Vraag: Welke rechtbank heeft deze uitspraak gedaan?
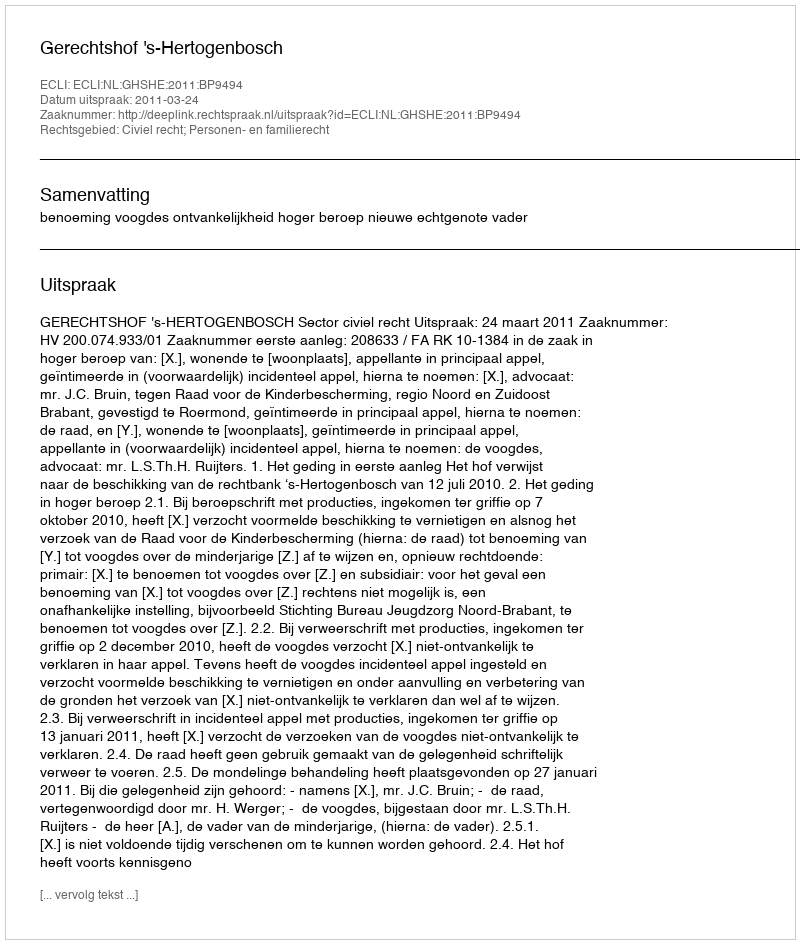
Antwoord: Gerechtshof 's-Hertogenbosch